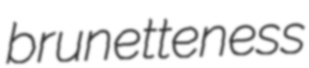
brunetteness